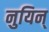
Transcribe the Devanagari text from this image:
नुयिन्